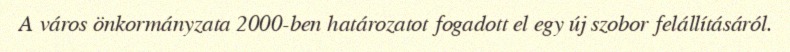
A város önkormányzata 2000-ben határozatot fogadott el egy új szobor felállításáról.